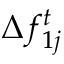
\Delta f _ { 1 j } ^ { t }